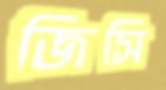
জিসি